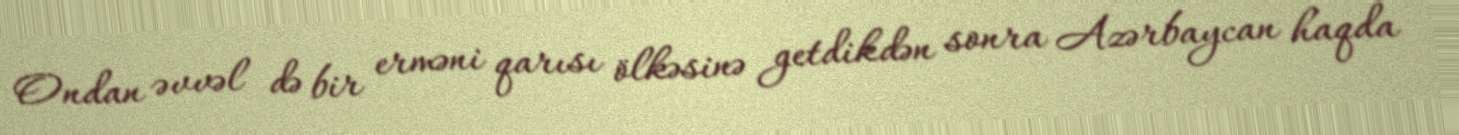
Ondan əvvəl də bir erməni qarısı ölkəsinə getdikdən sonra Azərbaycan haqda